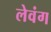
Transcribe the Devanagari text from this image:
लेवंग